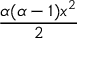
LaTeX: \frac { \alpha ( \alpha - 1 ) x ^ { 2 } } { 2 }